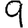
Digit: 9